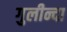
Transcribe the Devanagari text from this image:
गुलीन्दा